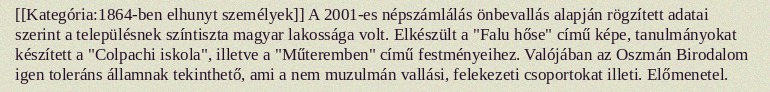
[[Kategória:1864-ben elhunyt személyek]] A 2001-es népszámlálás önbevallás alapján rögzített adatai szerint a településnek színtiszta magyar lakossága volt. Elkészült a "Falu hőse" című képe, tanulmányokat készített a "Colpachi iskola", illetve a "Műteremben" című festményeihez. Valójában az Oszmán Birodalom igen toleráns államnak tekinthető, ami a nem muzulmán vallási, felekezeti csoportokat illeti. Előmenetel.